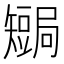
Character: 𥐏